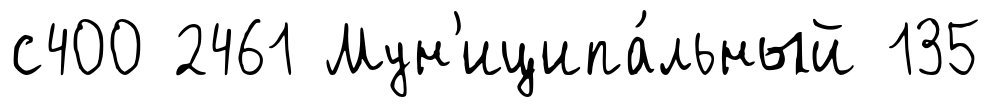
с400 2461 Мун'иципа́льный 135